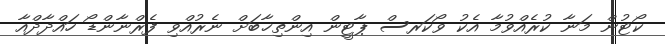
ކޯޓުން މަނާ ކުރެއްވުމާ އެކު ވޯކަރސް ޕާޓީން އިންތިޚާބަށް ނެރުއްވި ފެރްނާންޑޯ ހައްދާދްއާ